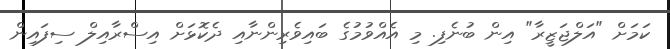
ކަމަށް "އަލްޖަޒީރާ" އިން ބުނެފި. މި އެއްވުމުގެ ބައިވެރިންނާއި ދެކޮޅަށް އިސްރާއިލް ސިފައިން